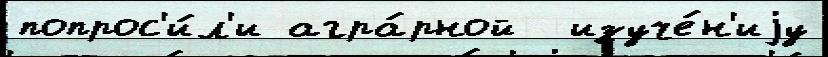
попрос'и́л'и агра́рной  изуче́н'иjу